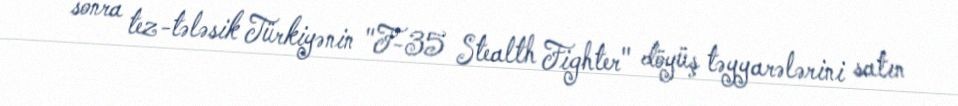
sonra tez-tələsik Türkiyənin "F-35 Stealth Fighter" döyüş təyyarələrini satın